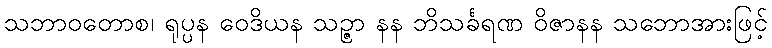
သဘာဝတောစ၊ ရုပ္ပန ဝေဒိယန သဉ္ဇာ နန ဘိသင်္ခရဏ ဝိဇာနန သဘောအားဖြင့်